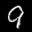
Label: 9